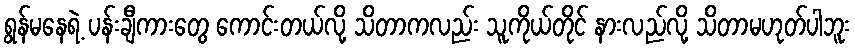
ရွန်မနေရဲ့ ပန်းချီကားတွေ ကောင်းတယ်လို့ သိတာကလည်း သူကိုယ်တိုင် နားလည်လို့ သိတာမဟုတ်ပါဘူး